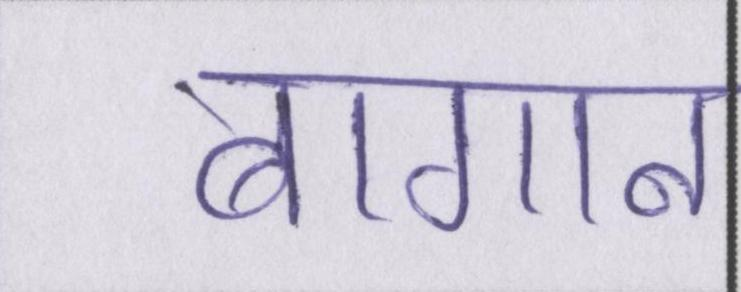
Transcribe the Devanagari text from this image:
बागान